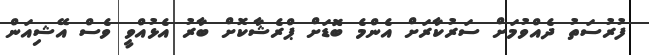
ފުރުސަތު ދެއްވުމަށް ސަރުކާރަށް އެންމެ ބޮޑަށް ޕްރެޝާކޮށް ބާރު އެޅުއްވީ ވެސް އޭޝިއަން